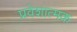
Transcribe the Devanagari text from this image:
प्रवेशात्मक